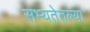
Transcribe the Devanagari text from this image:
सभ्यतेतल्या